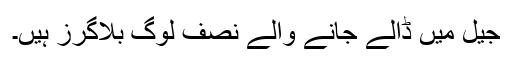
جیل میں ڈالے جانے والے نصف لوگ بلاگرز ہیں۔